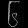
Digit: ၆